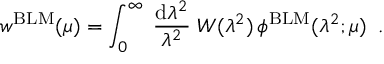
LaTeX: w ^ { \mathrm { B L M } } ( \mu ) = \int _ { 0 } ^ { \infty } \; \frac { \mathrm { d } \lambda ^ { 2 } } { \lambda ^ { 2 } } \; W ( \lambda ^ { 2 } ) \, \phi ^ { \mathrm { B L M } } ( \lambda ^ { 2 } ; \mu ) \; \; .